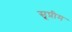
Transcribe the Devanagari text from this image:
सूप्रीम